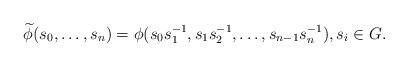
LaTeX: \begin{align*} \widetilde{\phi}(s_0, \ldots, s_n) = \phi(s_0 s_1^{-1}, s_1 s_2^{-1}, \ldots, s_{n-1} s_n^{-1}), s_i \in G.\end{align*}